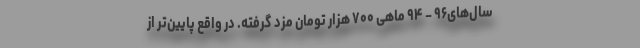
سال‌های۹۶ – ۹۴ ماهی ۷۰۰ هزار تومان مزد گرفته. در واقع پایین‌تر از